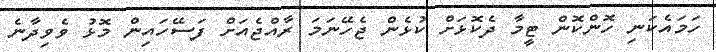
ހަމައެކަނި ހޮންކޮން ޓީމާ ދެކޮޅަށް ކުޅެން ޖެހޭނަމަ ރާއްޖެއަށް ފަސޭހައިން މޮޅު ވެވިދާނެ